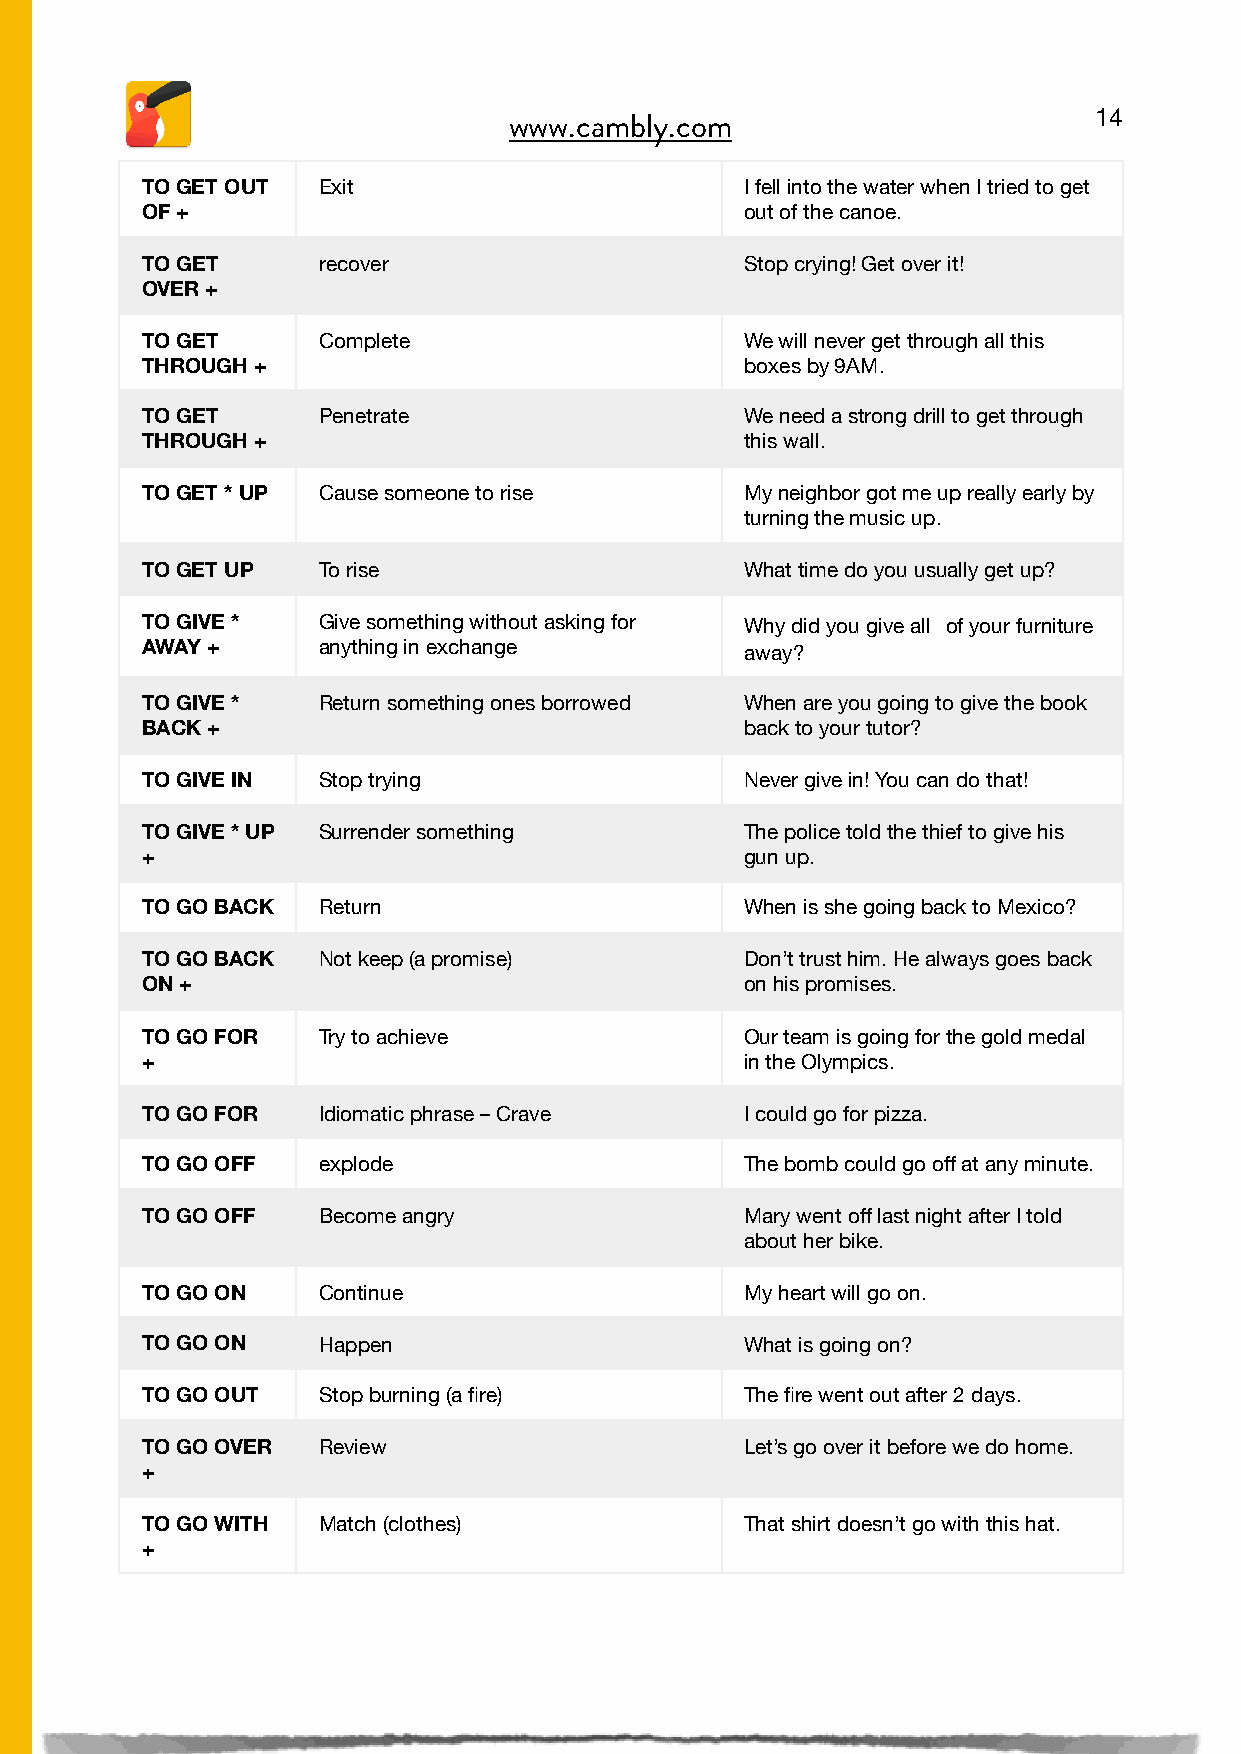
14
 www.cambly.com

 TO GET OUT  Exit                        I fell into the water when I tried to get
 OF +                                    out of the canoe.
 TO GET      recover                     Stop crying! Get over it!
 OVER +
 TO GET      Complete                    We will never get through all this
 THROUGH +                               boxes by 9AM.
 TO GET      Penetrate                   We need a strong drill to get through
 THROUGH +                               this wall.
 TO GET * UP Cause someone to rise       My neighbor got me up really early by
 turning the music up.
 TO GET UP   To rise                     What time do you usually get up?
 TO GIVE *   Give something without asking for Why did you give all of your furniture
 AWAY +      anything in exchange        away?
 TO GIVE *   Return something ones borrowed When are you going to give the book
 BACK +                                  back to your tutor?
 TO GIVE IN  Stop trying                 Never give in! You can do that!
 TO GIVE * UP Surrender something        The police told the thief to give his
 +                                       gun up.
 TO GO BACK  Return                      When is she going back to Mexico?
 TO GO BACK  Not keep (a promise)        Don’t trust him. He always goes back
 ON +                                    on his promises.
 TO GO FOR   Try to achieve              Our team is going for the gold medal
 +                                       in the Olympics.
 TO GO FOR   Idiomatic phrase – Crave    I could go for pizza.
 TO GO OFF   explode                     The bomb could go off at any minute.
 TO GO OFF   Become angry                Mary went off last night after I told
 about her bike.
 TO GO ON    Continue                    My heart will go on.
 TO GO ON    Happen                      What is going on?
 TO GO OUT   Stop burning (a fire)       The fire went out after 2 days.
 TO GO OVER  Review                      Let’s go over it before we do home.
 +
 TO GO WITH  Match (clothes)             That shirt doesn’t go with this hat.
 +